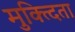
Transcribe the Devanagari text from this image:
मुक्त्दिता